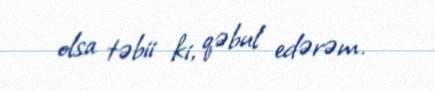
olsa təbii ki, qəbul edərəm.